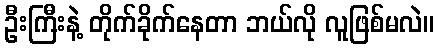
ဦးကြီးနဲ့ တိုက်ခိုက်နေတာ ဘယ်လို လူဖြစ်မလဲ။